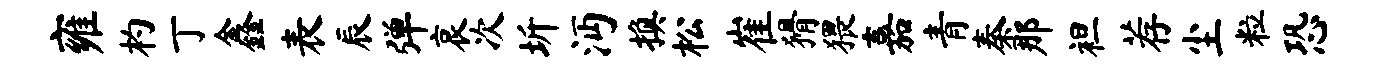
雍杓丁鑫表辰弹哀次圻沔换松崔猾猥嘉青秦那袒荐尘粒恐